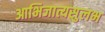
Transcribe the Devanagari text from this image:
आभिजात्यसुलभ